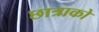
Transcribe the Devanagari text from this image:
छात्राको